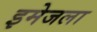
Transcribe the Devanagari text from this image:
इमेजला